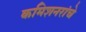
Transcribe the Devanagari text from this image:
कमिशनरांचे